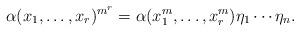
LaTeX: \begin{align*}\alpha(x_1,\ldots,x_r)^{m^r}=\alpha(x_1^m,\ldots,x_r^m)\eta_1\cdots\eta_n.\end{align*}